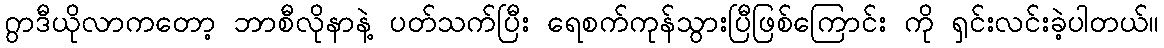
ဂွာဒီယိုလာကတော့ ဘာစီလိုနာနဲ့ ပတ်သက်ပြီး ရေစက်ကုန်သွားပြီဖြစ်ကြောင်း ကို ရှင်းလင်းခဲ့ပါတယ်။